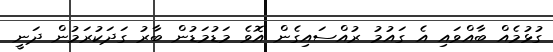
ގުޅުމެއް ބާއްވައި އެ ގައުމު ރުއްސައިގެން އޮވެ މަޑުމަޑުން ބާރު ގަދަކުރަމުން ދަނީ